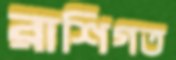
রাশিগত